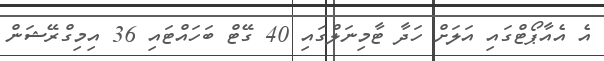
އެ އެއާޕޯޓްގައި އަލަށް ހަދާ ޓާމިނަލްގައި 40 ގޭޓް ބަހައްޓައި 36 އިމިގްރޭޝަން